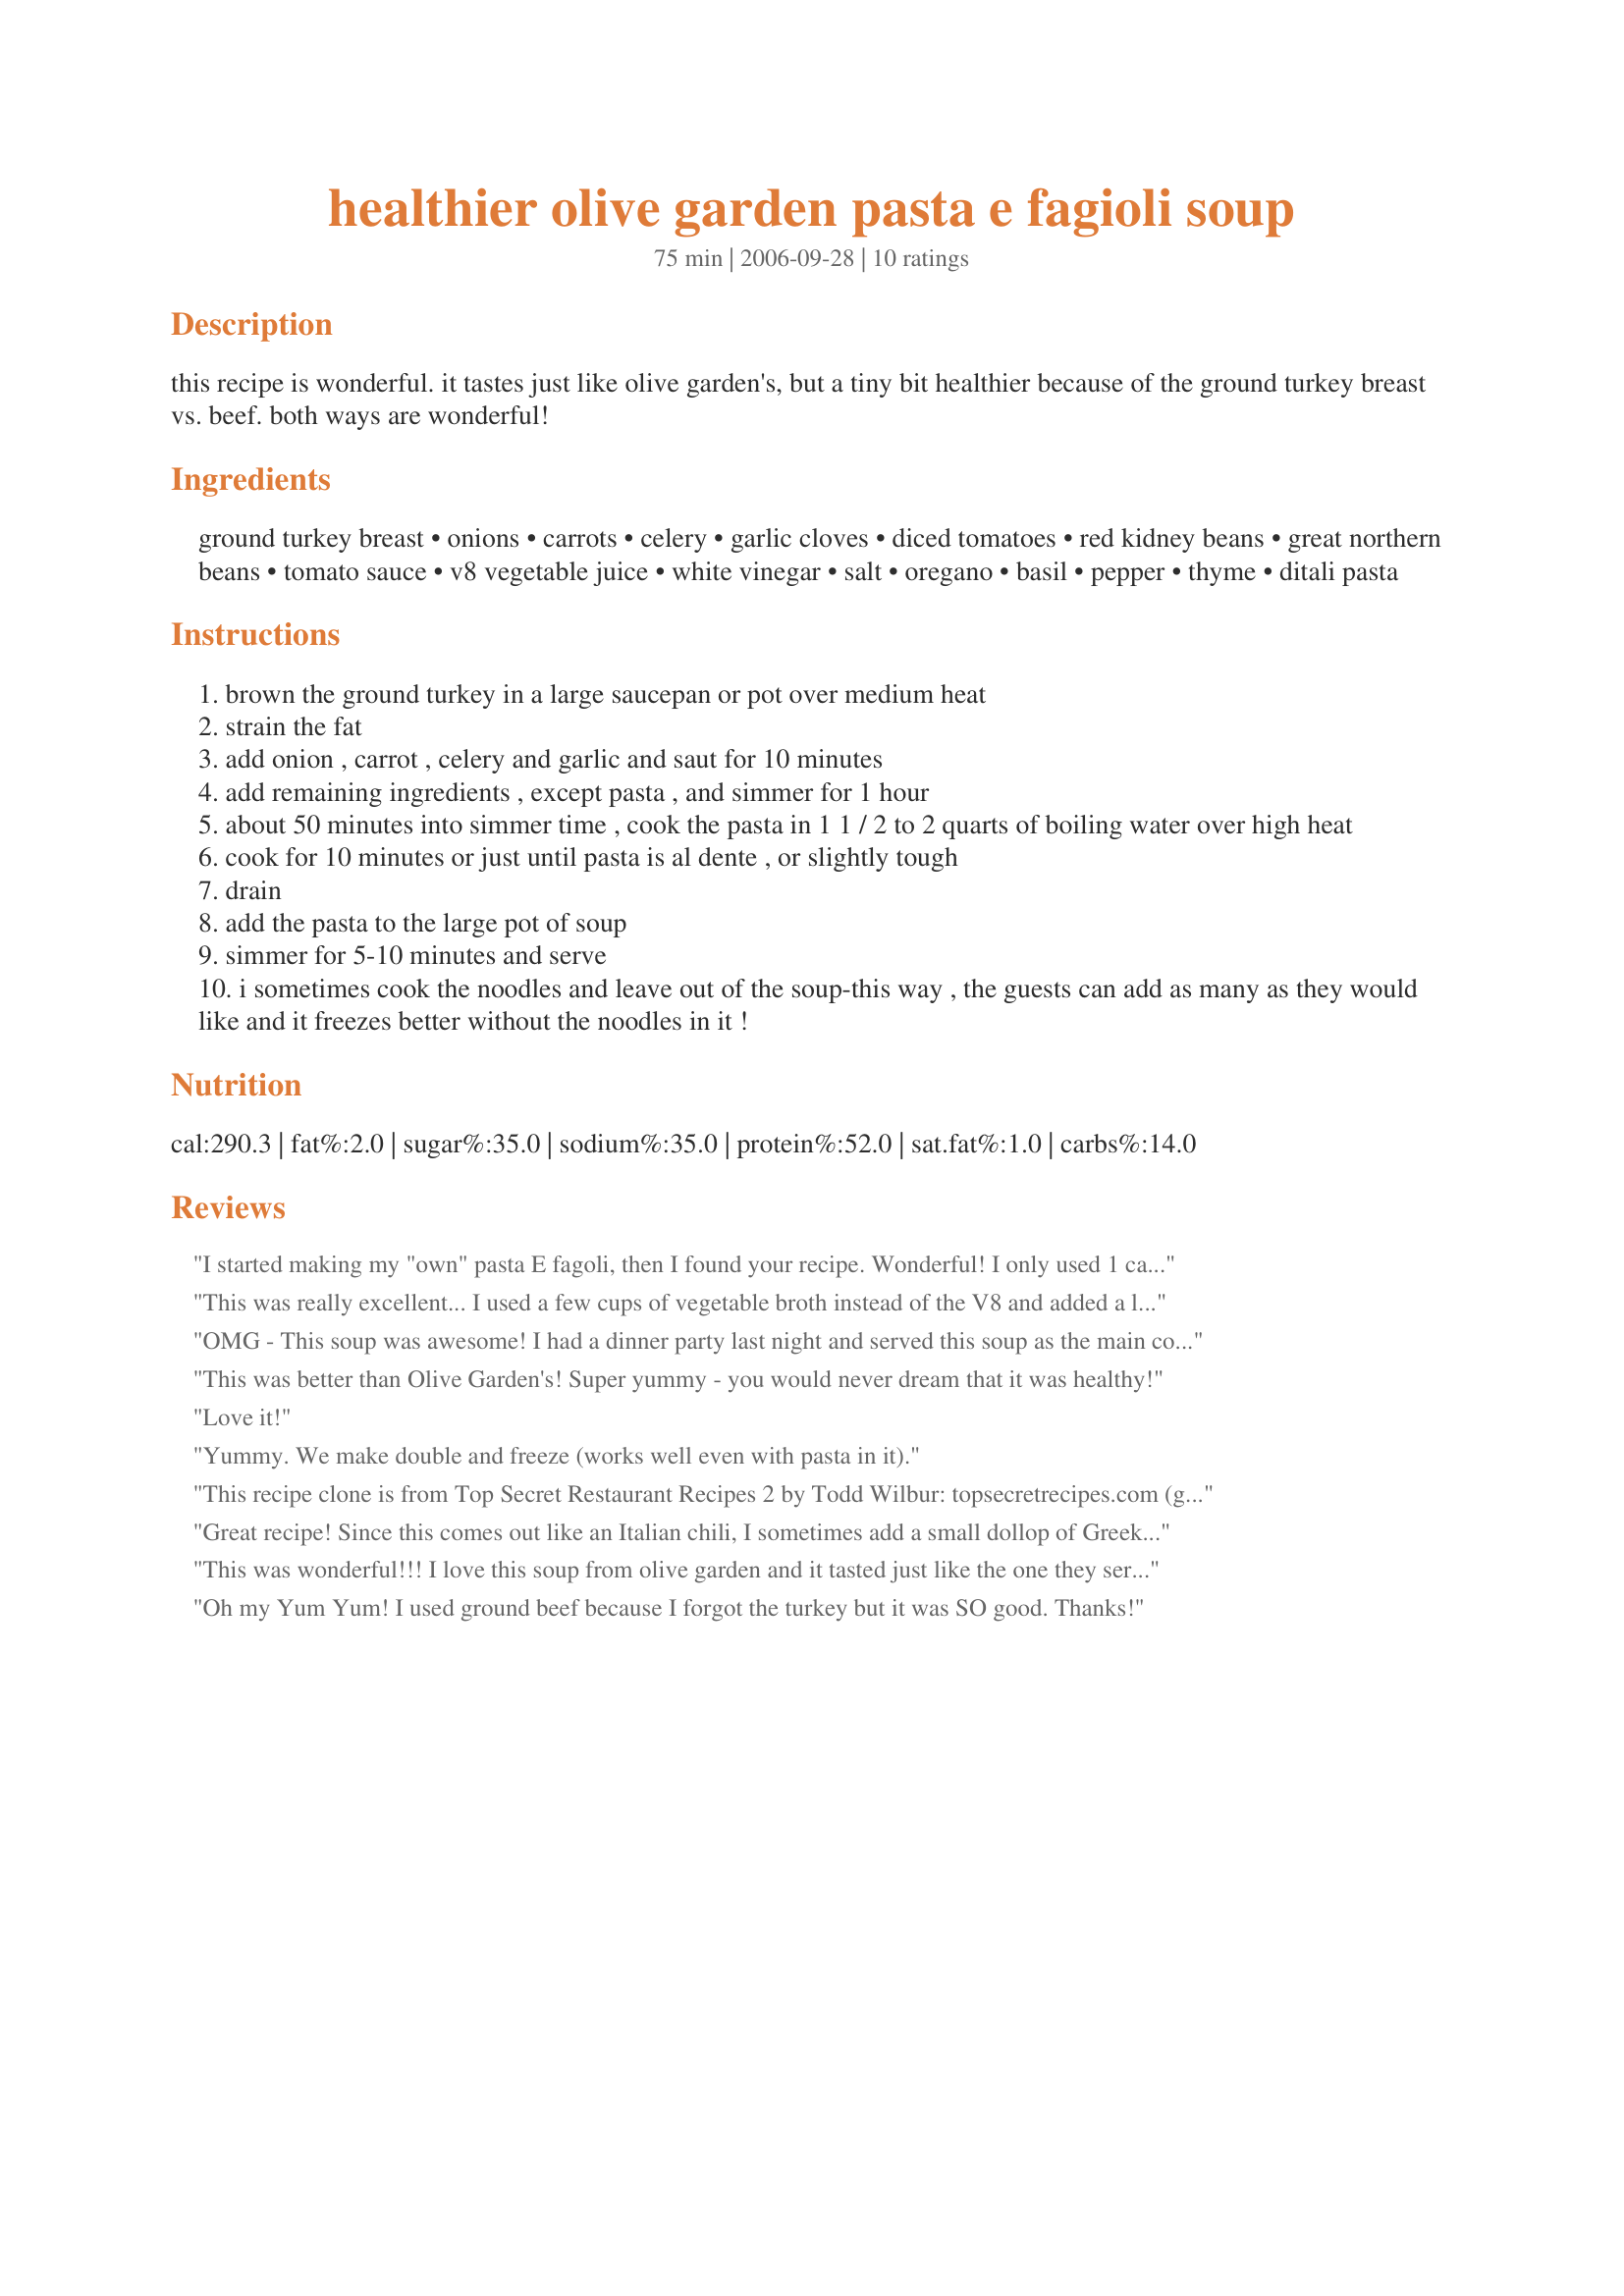
healthier olive garden pasta e fagioli soup
Preparation time: 75 minutes

this recipe is wonderful. it tastes just like olive garden's, but a tiny bit healthier because of the ground turkey breast vs. beef. both ways are wonderful!

Ingredients:
ground turkey breast, onions, carrots, celery, garlic cloves, diced tomatoes, red kidney beans, great northern beans, tomato sauce, v8 vegetable juice, white vinegar, salt, oregano, basil, pepper, thyme, ditali pasta

Steps:
brown the ground turkey in a large saucepan or pot over medium heat
strain the fat
add onion , carrot , celery and garlic and saut for 10 minutes
add remaining ingredients , except pasta , and simmer for 1 hour
about 50 minutes into simmer time , cook the pasta in 1 1 / 2 to 2 quarts of boiling water over high heat
cook for 10 minutes or just until pasta is al dente , or slightly tough
drain
add the pasta to the large pot of soup
simmer for 5-10 minutes and serve
i sometimes cook the noodles and leave out of the soup-this way , the guests can add as many as they would like and it freezes better without the noodles in it !

Reviews:
I started making my "own" pasta E fagoli, then I found your recipe. Wonderful! I only used 1 can of beans, but loaded the veggies. I also did not use the V8 juice, but chicken stock instead. (About 4 cups, and it was still thick!) For my pasta, I used "Fiber Gormet" http://www.fibergourmet.com/Short.aspx
This was really excellent... I used a few cups of vegetable broth instead of the V8 and added a little frozen spinach. I will definitely be making this one again :)
OMG - This soup was awesome! I had a dinner party last night and served this soup as the main course and everyone raved about it. I was asked to share this recipe with my guests. The only changes I made, because some of my guests do not eat red meat, is that I used ground chicken and chicken broth. I did add some basil and garlic as well. This recipe makes alot but I hardly had any leftovers. Will definitely make this again. Thanks for the recipe....
This was better than Olive Garden's! Super yummy - you would never dream that it was healthy!
Love it!
Yummy. We make double and freeze (works well even with pasta in it).
This recipe clone is from Top Secret Restaurant Recipes 2 by Todd Wilbur: topsecretrecipes.com (ground turkey substituted for ground beef)
Great recipe! Since this comes out like an Italian chili, I sometimes add a small dollop of Greek yogurt with a sprinkle of shredded cheddar to switch it up a bit (mostly for leftovers - if there are any!).
This was wonderful!!! I love this soup from olive garden and it tasted just like the one they serve. My 6 yr old daughter asked for seconds and asked if she could take some to school for lunch the next day. (she's not a fan of soups) so this said alot! I will be making this real soon.
Oh my Yum Yum! I used ground beef because I forgot the turkey but it was SO good. Thanks!
